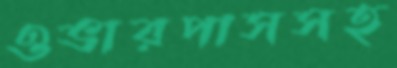
ওভারপাসসহ